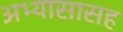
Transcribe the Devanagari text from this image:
अभ्यासासह